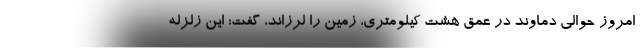
امروز حوالی دماوند در عمق هشت کیلومتری، زمین را لرزاند، گفت: این زلزله